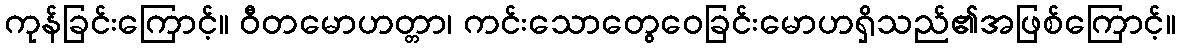
ကုန်ခြင်းကြောင့်။ ဝီတမောဟတ္တာ၊ ကင်းသောတွေဝေခြင်းမောဟရှိသည်၏အဖြစ်ကြောင့်။